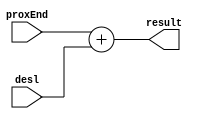
module adiciona (input wire [31:0] proxEnd, input wire [31:0] desl, output wire [31:0] result);
	
	reg [31:0] res;
	
	always @ (proxEnd or desl)
		res <= proxEnd + desl;
		
	assign result = res;
	
endmodule

//modulo q soma a proxima instrucao com o resultado do deslocamento